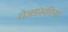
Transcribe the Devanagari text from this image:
रोजडंस्कीना